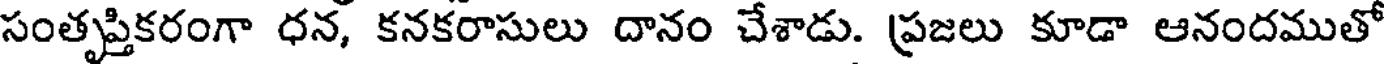
సంతృప్తికరంగా ధన, కనకరాసులు దానం చేశాడు. ప్రజలు కూడా ఆనందముతో